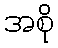
အစို